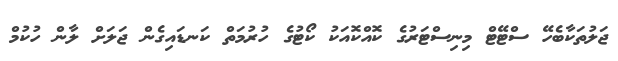
ޖަލުތަކާބެހޭ ސްޓޭޓް މިނިސްޓަރުގެ ކޮއްކޮއަކު ކޯޓުގެ ހުރުމަތް ކަނޑައިގެން ޖަލަށް ލާން ހުކުމް